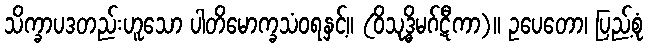
သိက္ခာပဒတည်းဟူသော ပါတိမောက္ခသံဝရနှင့်။ (ဝိသုဒ္ဓိမဂ်ဋီကာ)။ ဥပေတော၊ ပြည့်စုံ